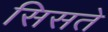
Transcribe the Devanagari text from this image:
सिसते